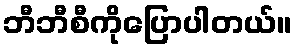
ဘီဘီစီကိုပြောပါတယ်။